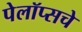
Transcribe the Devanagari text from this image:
पेलॉप्सचे